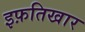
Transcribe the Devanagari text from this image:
इफ़तिखार